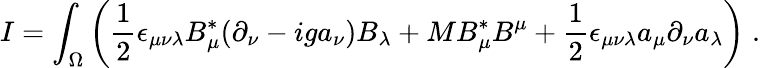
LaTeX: I=\int_{\Omega}\left(\frac{1}{2}\epsilon_{\mu\nu\lambda}B_{\mu}^{*}(\partial_{\nu}-iga_{\nu})B_{\lambda}+MB_{\mu}^{*}B^{\mu}+\frac{1}{2}\epsilon_{\mu\nu\lambda}a_{\mu}\partial_{\nu}a_{\lambda}\right)\; .